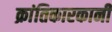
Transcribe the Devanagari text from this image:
क्रांतिकारकानी